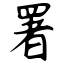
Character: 署